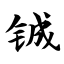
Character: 铖